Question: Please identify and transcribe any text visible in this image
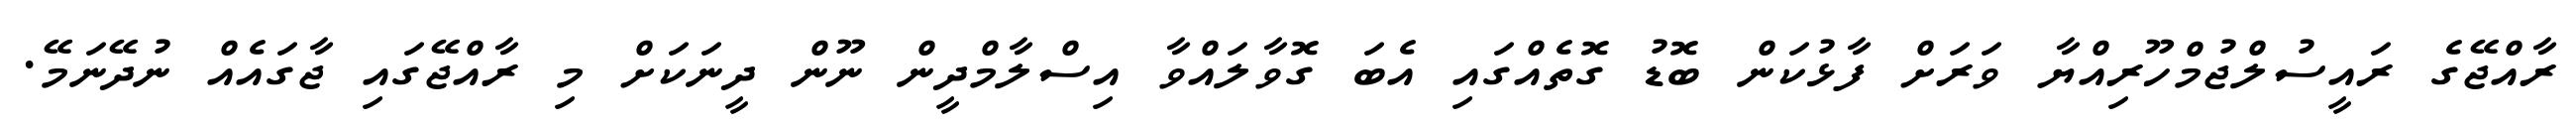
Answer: ރާއްޖޭގެ ރައީސުލްޖުމްހޫރިއްޔާ ވަރަށް ފާޅުކަން ބޮޑު ގޮތެއްގައި އެބަ ގޮވާލައްވާ އިސްލާމްދީން ނޫން ދީނަކަށް މި ރާއްޖޭގައި ޖާގައެއް ނުދޭނަމޭ.